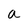
Character: a